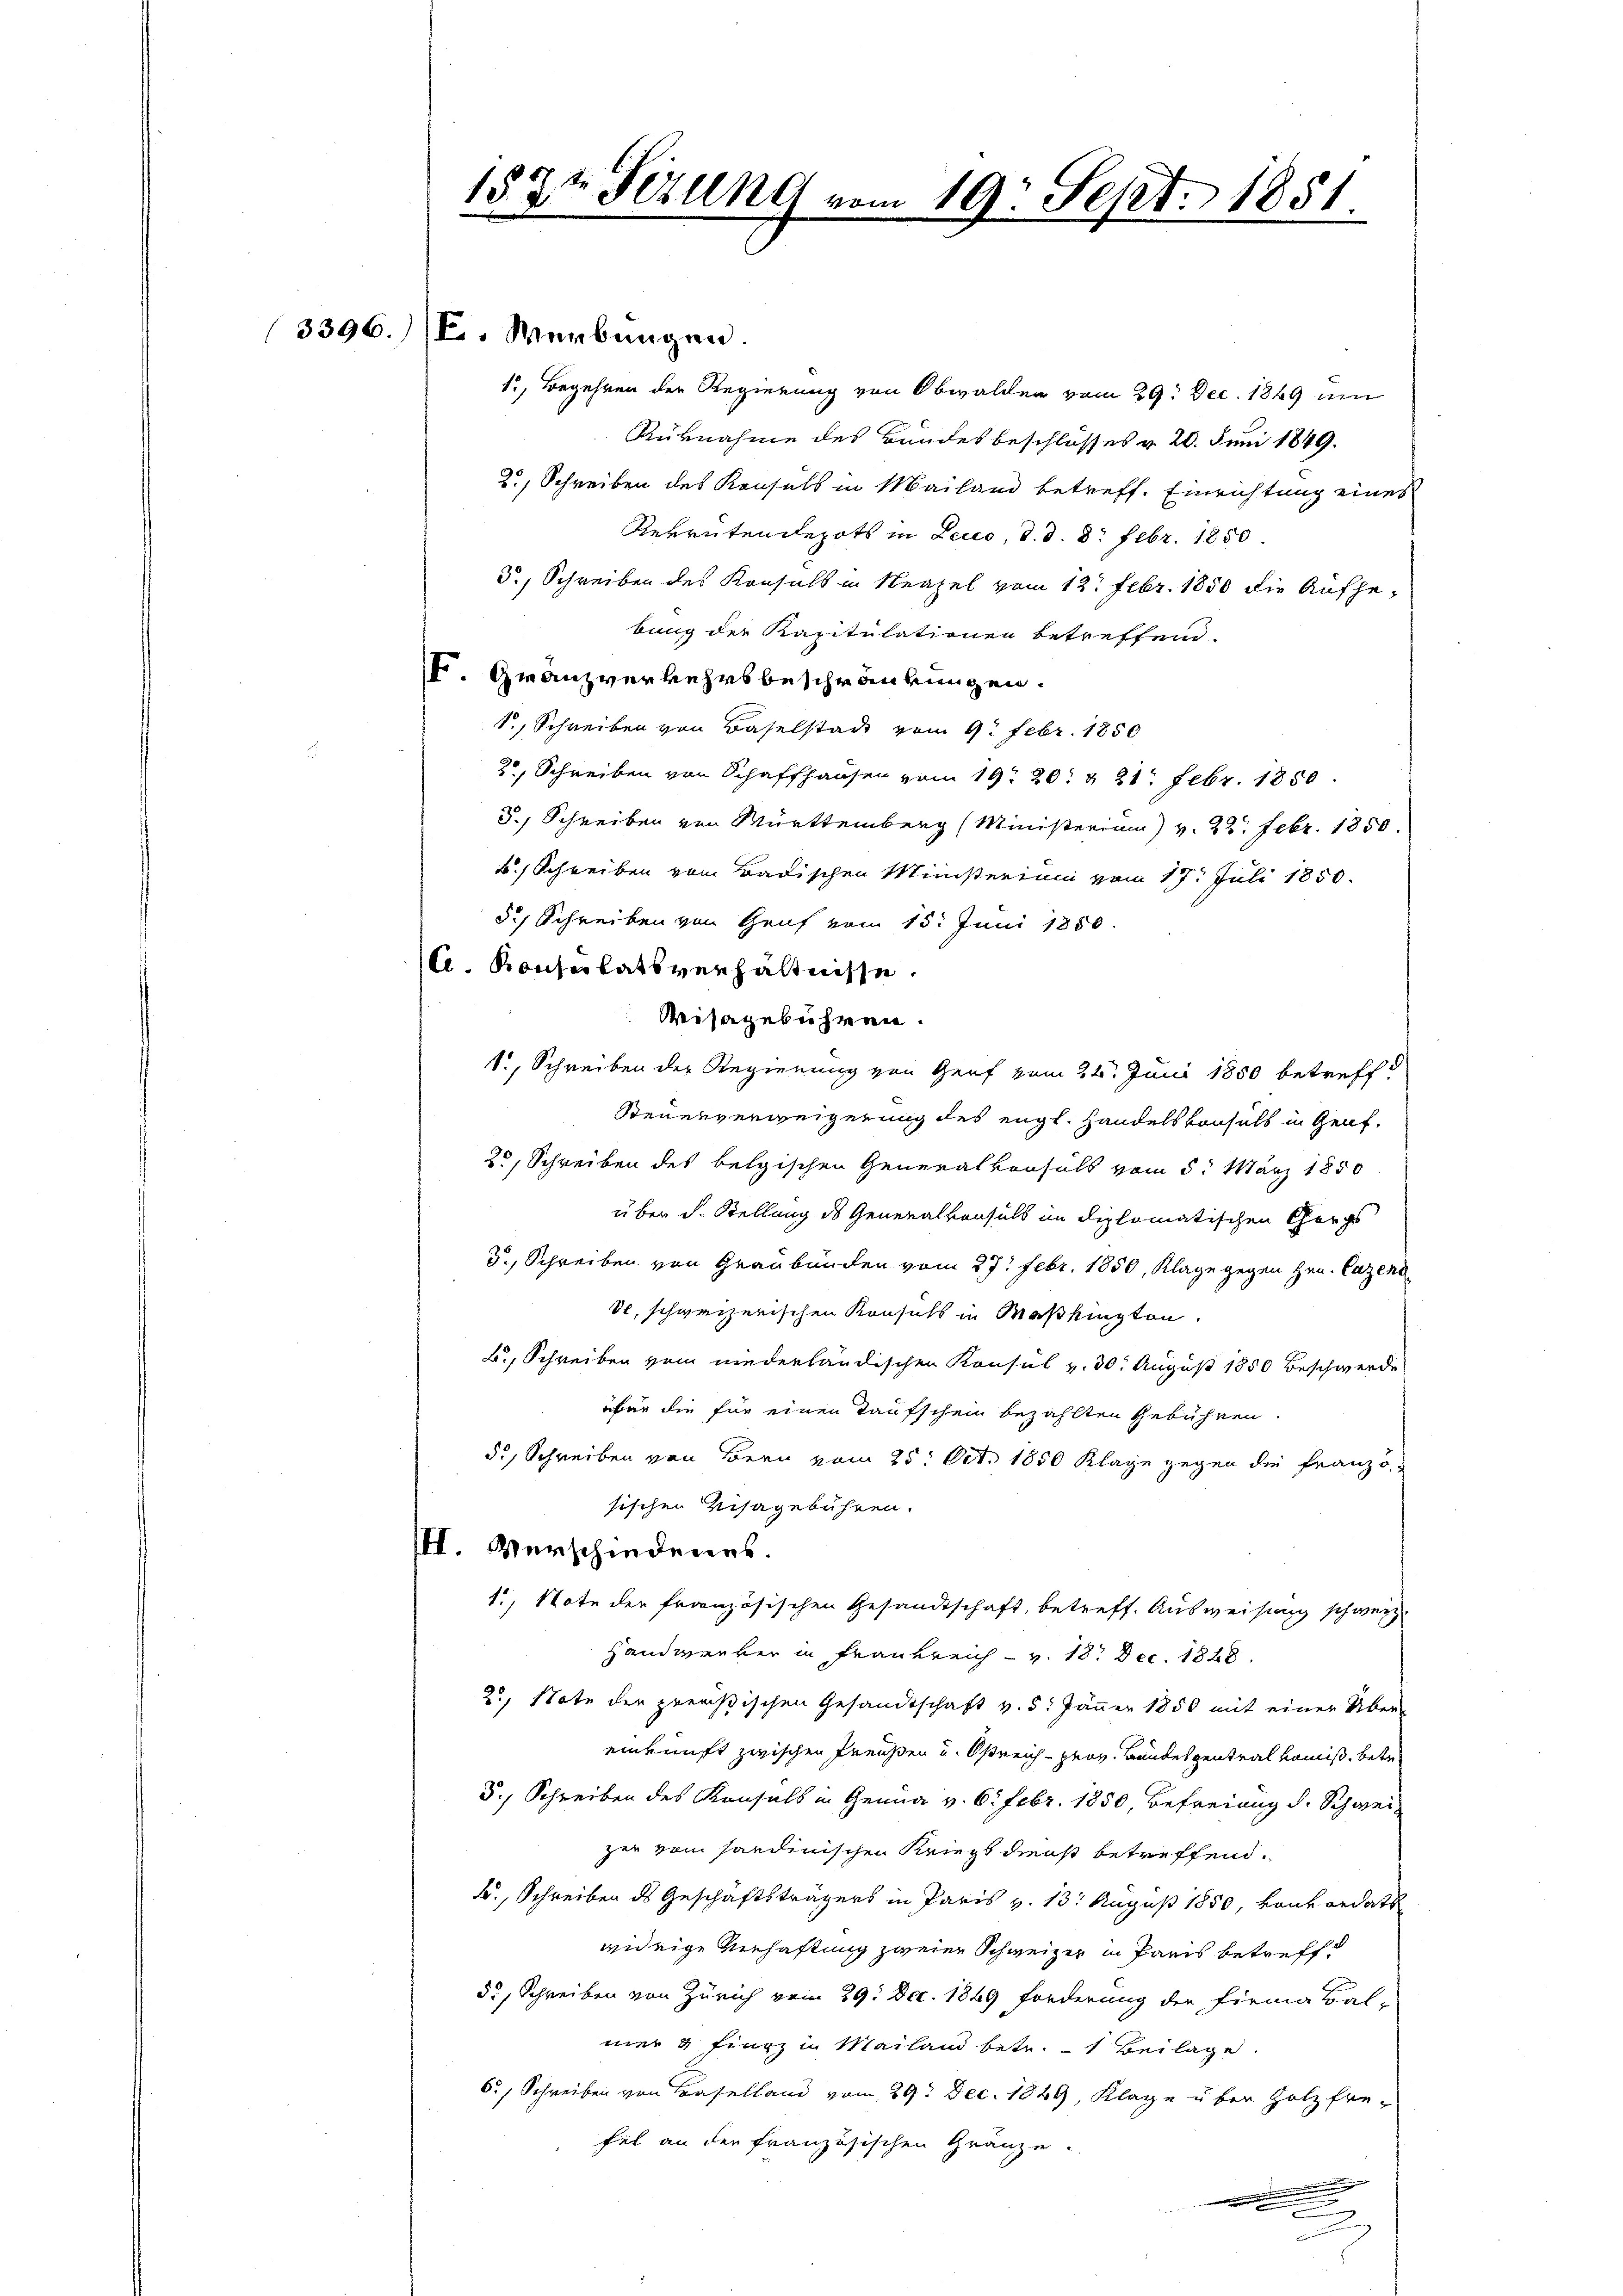
3396.

157t Fezung von

1., Begehren der Regierung von Obwalden vom 29. Dec. 1849 um
Rüknahme des Bundesbeschlusses v. 20. Juni 1849.
2), Schreiben des Konsuls in Mailand betreff. Einrichtung eines
Rekrutendepots in Leico, d. d. 8. Febr. 1850.
d., Schreiben des Konsuls in Neapel vom 12. Febr. 1850 die Aufhebung der Kapitulationen betreffend.
I. Gränzverkehrsbeschränkungen.
1., Schreiben von Baselstadt vom 9. Febr. 1850
20, Schreiben von Schaffhausen vom 19. 20. & 21. Febr. 1850.
5.) Schreiben von Württemberg (Ministerium) v. 22. Febr. 1850.
F. Schreiben vom Badischen Ministerium vom 17t Juli 1850.
5.) Schreiben von Genf vom 15. Juni 1850.
A. Konsulatsverhältnisse.
Misagebühren.
S., Schreiben der Regierung von Genf vom 21. Juni 1850 betreff
Steuerverweigerung des engl. Handelskonsuls in Genf,
25, Schreiben des belgischen Generalkonsuls vom 5. März 1850
über d. Stellung des Generalkonsuls im diplomatischen Corps
3., Schreiben von Graubünden vom 27. Febr. 1850, Klage gegen Hrn. Cazend
dl, schweizerischen Konsuls in Maßkington.
B., Schreiben vom niederländischen Konsul v. 30. August 1850 Beschwerde
üfer die für einen Taufschein bezahlten Gebühren
d., Schreiben von Bern vom 25. Oct. 1850 Klage gegen die Franzö-
sischen Visagebühren.
III. Verschiedenes.
1., Note der französischen Gesandtschaft, betreff. Ausweisung schweiz.
Handwerker in Frankreich v. 18. Dec. 1828.
22, Note der preußischen Gesandtschaft v. 5. Jänner 1850 mit einer Über
einkunft zwischen Preußen u. Östreich - prov. Bundespentralkomis, betr
5., Schreiben des Konsuls in Genua v. Eifebr. 1850 Befreiung d. Schweiz
zer vom sandinischen Kriegsdienst betreffend.
F., Schreiben ds Geschäftsträgers in Paris v. 13. August 1850, Konkordats
widrige Verhaftung zweier Schweizer in Paris betreffd., Schreiben von Zürich vom 29. Dec. 1849 forderung der Firma Bal-
mer & Fierz in Mailand betr. 1 Beilage.
6., Schreiben von Baselland vom 29. Dec. 1849, Klage über Holzfrefel an den französischen Gränze.
n

V. Werbungen

2

19. Sept. 1851.